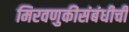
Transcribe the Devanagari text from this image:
मिरवणुकीसंबंधीची